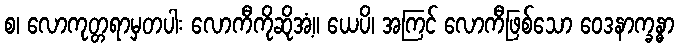
စ၊ လောကုတ္တရာမှတပါး လောကီကိုဆိုအံ့။ ယေပိ၊ အကြင် လောကီဖြစ်သော ဝေဒနာက္ခန္ဓာ